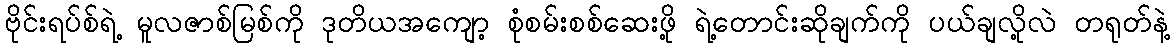
ဗိုင်းရပ်စ်ရဲ့ မူလဇာစ်မြစ်ကို ဒုတိယအကျော့ စုံစမ်းစစ်ဆေးဖို့ ရဲ့တောင်းဆိုချက်ကို ပယ်ချလို့လဲ တရုတ်နဲ့